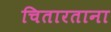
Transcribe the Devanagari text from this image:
चितारताना